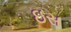
ઇસ